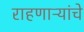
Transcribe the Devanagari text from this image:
राहणाऱ्यांचे